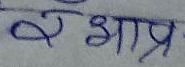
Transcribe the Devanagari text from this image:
क छात्र